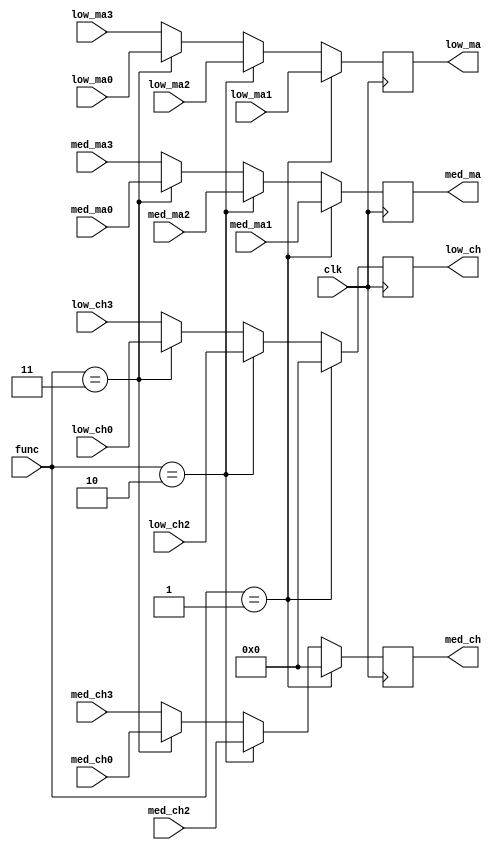
`timescale 1ns / 1ps
	module Choose(
    input       clk,
    input [1:0] func,

	 input [3:0] med_ma0,
    input [3:0] low_ma0,
    input [3:0] med_ch0,
    input [3:0] low_ch0,
	 input [3:0] low_ma1,
	 input [3:0] med_ma1,
	 input [3:0] med_ma2,
    input [3:0] low_ma2,
    input [3:0] med_ch2,
    input [3:0] low_ch2,
	 input [3:0] med_ma3,
    input [3:0] low_ma3,
    input [3:0] med_ch3,
    input [3:0] low_ch3,

    output reg [3:0] med_ma,
    output reg [3:0] low_ma,
    output reg [3:0] med_ch,
    output reg [3:0] low_ch
    );
	 

 
always@(posedge clk)
if(func == 2'b01)
begin
    med_ma <= med_ma1;
	 low_ma <= low_ma1;
	 med_ch <= 4'b0000;
	 low_ch <= 4'b0000;
end
else if(func == 2'b10)
begin
    med_ma <= med_ma2;
	 low_ma <= low_ma2;
	 med_ch <= med_ch2;
	 low_ch <= low_ch2;
 
end
else if(func == 2'b11)
begin
    med_ma <= med_ma0;
	 low_ma <= low_ma0;
	 med_ch <= med_ch0;
	 low_ch <= low_ch0;
end
else
begin
    med_ma <= med_ma3;
	 low_ma <= low_ma3;
	 med_ch <= med_ch3;
	 low_ch <= low_ch3;
end




endmodule